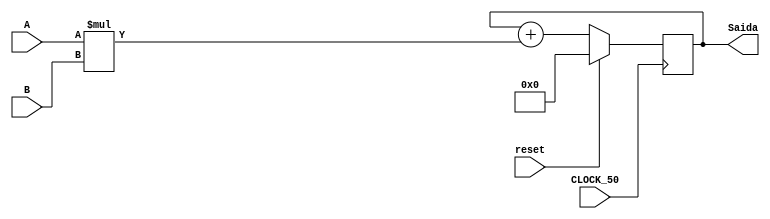
module T3(
	input [0:9] A,
	input [0:9] B,
	input reset,
	input CLOCK_50,
	output[0:19] Saida
);
	reg [0:19] regSaida = 0;

	assign Saida = regSaida;
	
	always @(posedge CLOCK_50)begin
		if(reset == 1)
			regSaida <= 0;
		else
			regSaida <= regSaida + A * B;
	end
endmodule